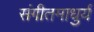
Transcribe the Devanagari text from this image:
संगीतमाधुर्य